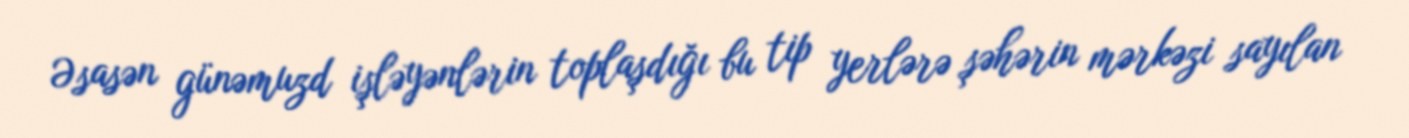
Əsasən günəmuzd işləyənlərin toplaşdığı bu tip yerlərə şəhərin mərkəzi sayılan